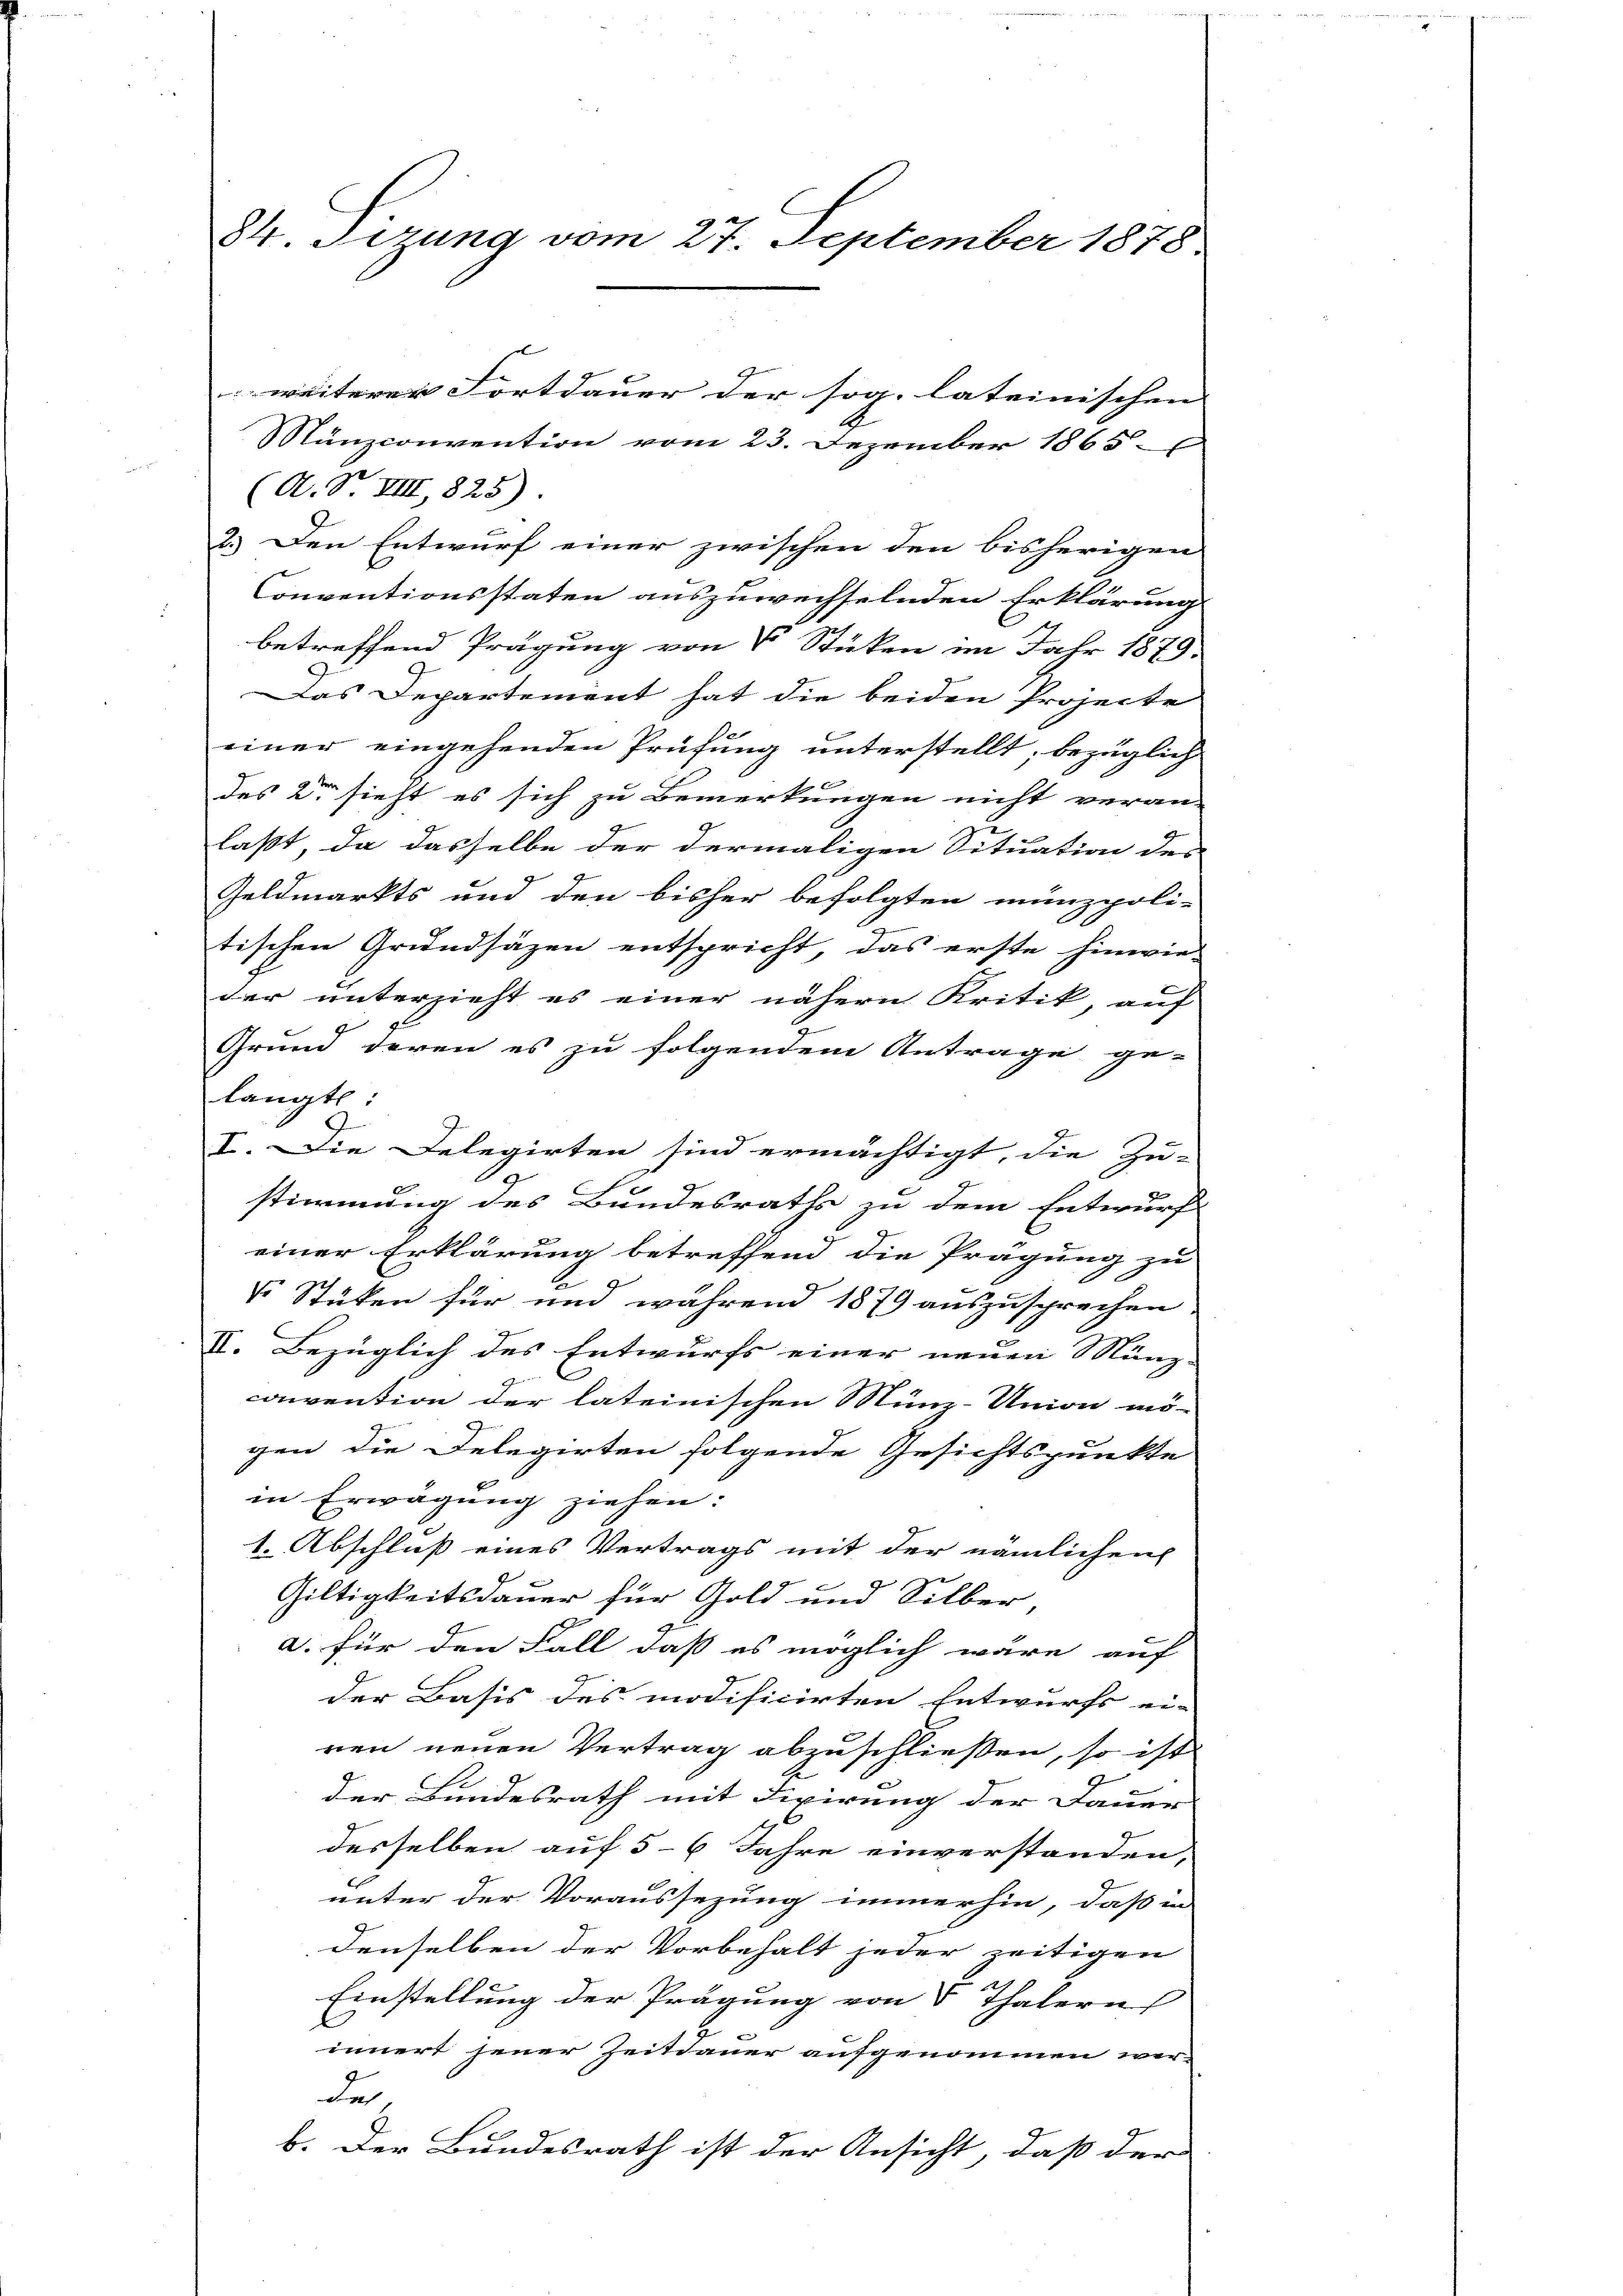
84. Sizung vom 27. September 1878

(A. F. VIII, 825).
2.) Den Entwurf einer zwischen den bisherigen
Conventionsstaten auszuwechselnden Erklärung
betreffend Prägung von V Stücken im Jahr 1879.
Das Departement hat die beiden Projecte
einer eingehenden Prüfung unterstellt; bezüglich
des er sieht es sich zu Bemerkungen nicht veran-
laßt, da dasselbe der dermaligen Situation des
Geldmarkts und den bisher befolgten münzpoli-
tischen Grundsäzen entspricht, das erste hinwie-
der unterzieht es einer nähern Kritik, auf
Grund deren es zu folgendem Antrage ge-
langte
9
V. Die Delegirten sind ermächtigt, die Zu-
e
8
stimmung des Bandesraths zu dem Entwurf
einer Erklärung betreffend die Prägung zu
 Stüken für und während 1879 auszusprechen
II. Bezüglich des Entwurfs einer neuen Münz- |
convention der lateinischen Münz-Union mö-
gen die Delegirten folgende Gesichtspunkte

in Erwägung ziehen.
1. Abschluß eines Vertrags mit der nämlichen
Giltigkeitsdauer für Gold und Silber,
a. für den Fall, daß es möglich wäre auf
der Basis des modificirten Entwurfs ei-
ren neuen Vertrag abzuschließen, so ist
der Bundesrath mit Fixirung der Dauer
desselben auf 5-6 Jahre einverstanden,
unter der Voraussezung immerhin, daß in
denselben der Vorbehalt jeder zeitigen
1
Einstellung der Prägung von 5 Thalern
innert jener Zeitdauer aufgenommen wer-
de
b. Der Bundesrath ist der Ansicht, daß der

weiterer Fortdauer der sog. lateinischen |
Mänzconvention vom 23. Dezember 1865